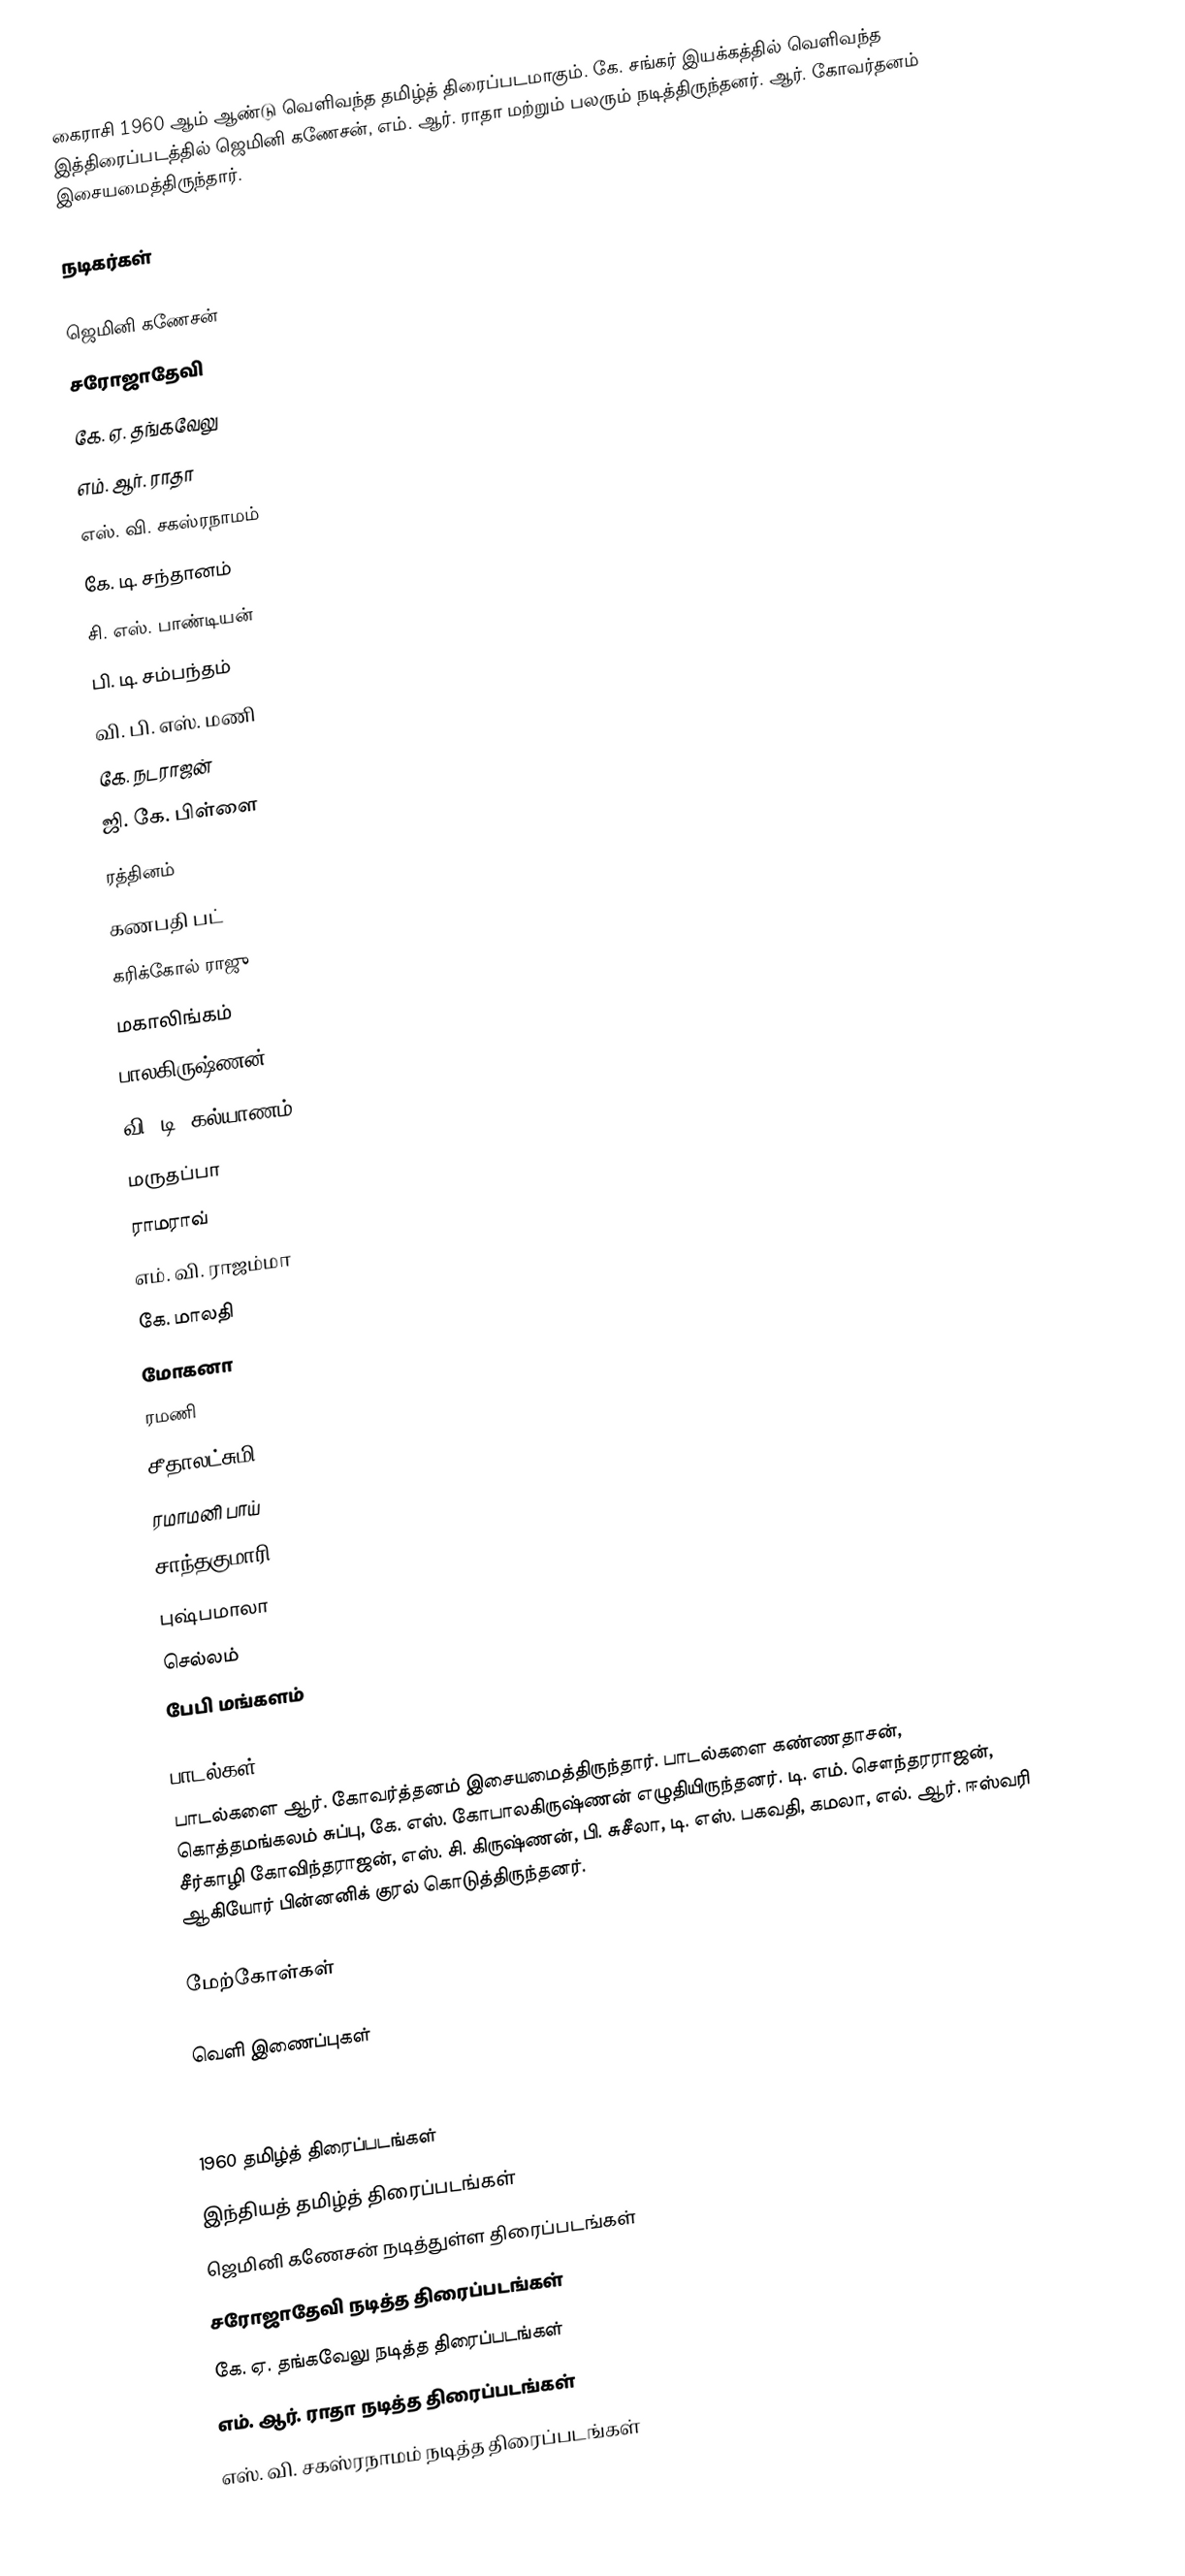
கைராசி 1960 ஆம் ஆண்டு வெளிவந்த தமிழ்த் திரைப்படமாகும். கே. சங்கர் இயக்கத்தில் வெளிவந்த இத்திரைப்படத்தில் ஜெமினி கணேசன், எம். ஆர். ராதா மற்றும் பலரும் நடித்திருந்தனர். ஆர். கோவர்தனம் இசையமைத்திருந்தார்.

நடிகர்கள்

ஜெமினி கணேசன்
சரோஜாதேவி
கே. ஏ. தங்கவேலு
எம். ஆர். ராதா
எஸ். வி. சகஸ்ரநாமம்
கே. டி. சந்தானம்
சி. எஸ். பாண்டியன்
பி. டி. சம்பந்தம்
வி. பி. எஸ். மணி
கே. நடராஜன்
ஜி. கே. பிள்ளை
ரத்தினம்
கணபதி பட்
கரிக்கோல் ராஜு
மகாலிங்கம்
பாலகிருஷ்ணன்
வி. டி. கல்யாணம்
மருதப்பா
ராமராவ்
எம். வி. ராஜம்மா
கே. மாலதி
மோகனா
ரமணி
சீதாலட்சுமி
ரமாமனி பாய்
சாந்தகுமாரி
புஷ்பமாலா
செல்லம்
பேபி மங்களம்

பாடல்கள்
பாடல்களை ஆர். கோவர்த்தனம் இசையமைத்திருந்தார். பாடல்களை கண்ணதாசன், கொத்தமங்கலம் சுப்பு, கே. எஸ். கோபாலகிருஷ்ணன் எழுதியிருந்தனர். டி. எம். சௌந்தரராஜன்,  சீர்காழி கோவிந்தராஜன், எஸ். சி. கிருஷ்ணன், பி. சுசீலா, டி. எஸ். பகவதி, கமலா, எல். ஆர். ஈஸ்வரி ஆகியோர் பின்னனிக் குரல் கொடுத்திருந்தனர்.

மேற்கோள்கள்

வெளி இணைப்புகள்

1960 தமிழ்த் திரைப்படங்கள்
இந்தியத் தமிழ்த் திரைப்படங்கள்
ஜெமினி கணேசன் நடித்துள்ள திரைப்படங்கள்
சரோஜாதேவி நடித்த திரைப்படங்கள்
கே. ஏ. தங்கவேலு நடித்த திரைப்படங்கள்
எம். ஆர். ராதா நடித்த திரைப்படங்கள்
எஸ். வி. சகஸ்ரநாமம் நடித்த திரைப்படங்கள்